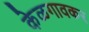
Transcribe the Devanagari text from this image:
केळगावकर